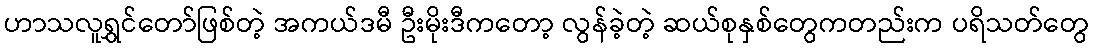
ဟာသလူရွှင်တော်ဖြစ်တဲ့ အကယ်ဒမီ ဦးမိုးဒီကတော့ လွန်ခဲ့တဲ့ ဆယ်စုနှစ်တွေကတည်းက ပရိသတ်တွေ